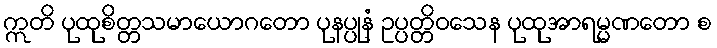
ဣတိ ပုထုစိတ္တသမာယောဂတော ပုနပ္ပုနံ ဥပ္ပတ္တိဝသေန ပုထုအာရမ္မဏတော စ